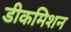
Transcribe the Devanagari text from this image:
डीकमिशन